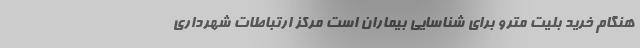
هنگام خرید بلیت مترو برای شناسایی بیماران است مرکز ارتباطات شهرداری